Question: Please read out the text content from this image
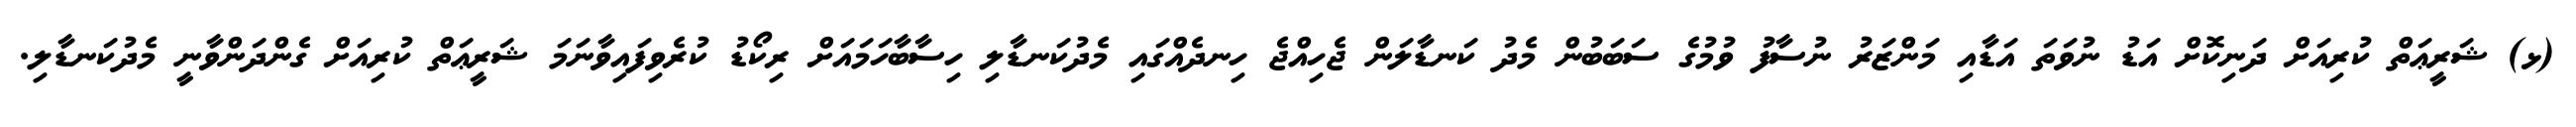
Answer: (ޅ) ޝަރީޢަތް ކުރިއަށް ދަނިކޮށް އަޑު ނުވަތަ އަޑާއި މަންޒަރު ނުސާފު ވުމުގެ ސަބަބުން މެދު ކަނޑާލަން ޖެހިއްޖެ ހިނދެއްގައި މެދުކަނޑާލި ހިސާބާހަމައަށް ރިކޯޑު ކުރެވިފައިވާނަމަ ޝަރީޢަތް ކުރިއަށް ގެންދަންވާނީ މެދުކަނޑާލި.